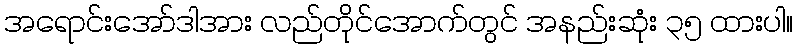
အရောင်းအော်ဒါအား လည်တိုင်အောက်တွင် အနည်းဆုံး ၃၅ ထားပါ။